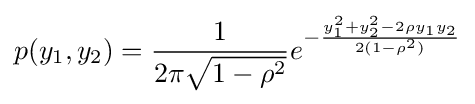
{\displaystyle p(y_{1},y_{2})={\frac {1}{2\pi {\sqrt {1-\rho ^{2}}}}}e^{-{\frac {y_{1}^{2}+y_{2}^{2}-2\rho y_{1}y_{2}}{2(1-\rho ^{2})}}}}